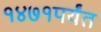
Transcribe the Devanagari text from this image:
१४७१पर्यंत